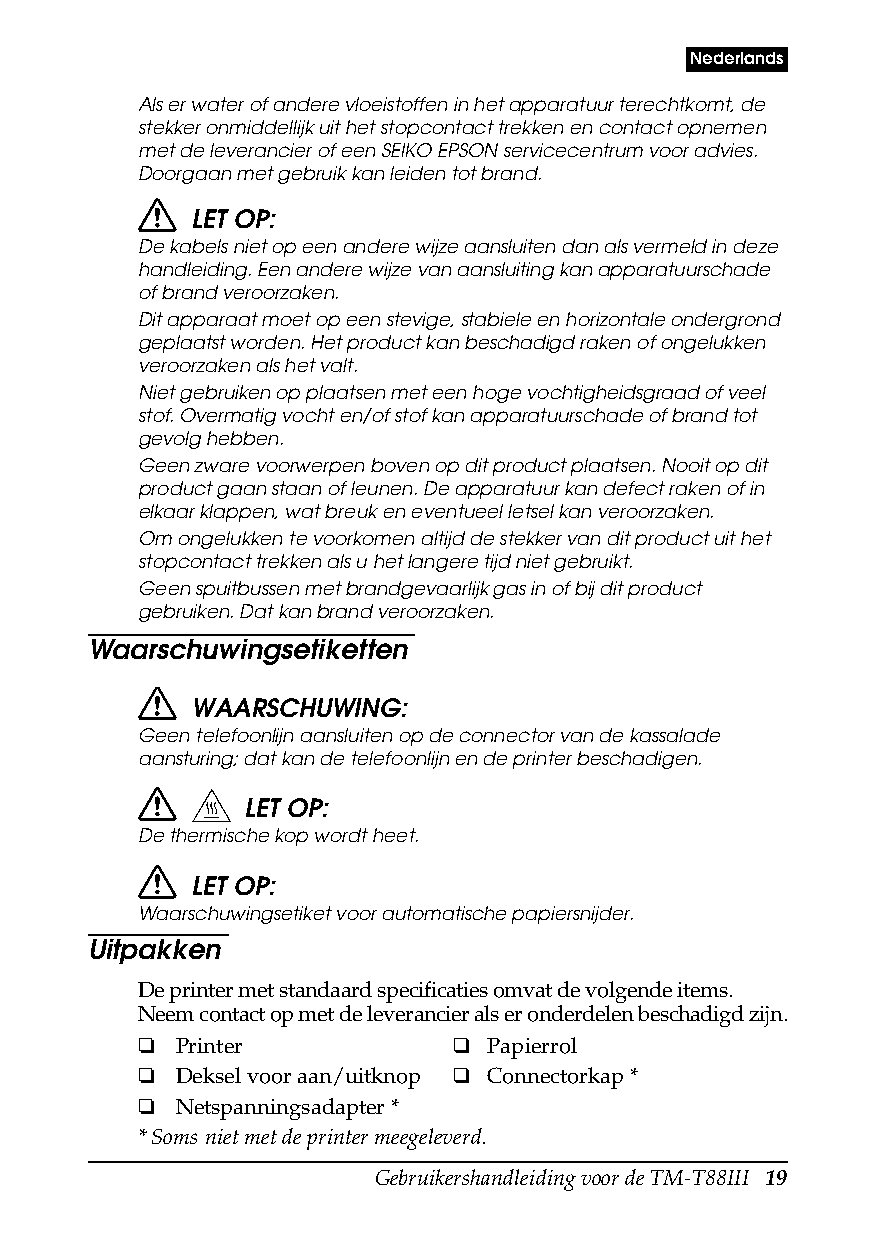
Nederlands
 Als er water of andere vloeistoffen in het apparatuur terechtkomt, de
 stekker onmiddellijk uit het stopcontact trekken en contact opnemen
 met de leverancier of een SEIKO EPSON servicecentrum voor advies.
 Doorgaan met gebruik kan leiden tot brand.
 LET OP:
 De kabels niet op een andere wijze aansluiten dan als vermeld in deze
 handleiding. Een andere wijze van aansluiting kan apparatuurschade
 of brand veroorzaken.
 Dit apparaat moet op een stevige, stabiele en horizontale ondergrond
 geplaatst worden. Het product kan beschadigd raken of ongelukken
 veroorzaken als het valt.
 Niet gebruiken op plaatsen met een hoge vochtigheidsgraad of veel
 stof. Overmatig vocht en/of stof kan apparatuurschade of brand tot
 gevolg hebben.
 Geen zware voorwerpen boven op dit product plaatsen. Nooit op dit
 product gaan staan of leunen. De apparatuur kan defect raken of in
 elkaar klappen, wat breuk en eventueel letsel kan veroorzaken.
 Om ongelukken te voorkomen altijd de stekker van dit product uit het
 stopcontact trekken als u het langere tijd niet gebruikt.
 Geen spuitbussen met brandgevaarlijk gas in of bij dit product
 gebruiken. Dat kan brand veroorzaken.
 Waarschuwingsetiketten
 WAARSCHUWING:
 Geen telefoonlijn aansluiten op de connector van de kassalade
 aansturing; dat kan de telefoonlijn en de printer beschadigen.
 LET OP:
 De thermische kop wordt heet.
 LET OP:
 Waarschuwingsetiket voor automatische papiersnijder.
 Uitpakken
 De printer met standaard specificaties omvat de volgende items.
 Neem contact op met de leverancier als er onderdelen beschadigd zijn.
 ❏  Printer           ❑  Papierrol
 ❏  Deksel voor aan/uitknop ❑ Connectorkap *
 ❏  Netspanningsadapter *
 * Soms niet met de printer meegeleverd.
 Gebruikershandleiding voor de TM-T88III 19